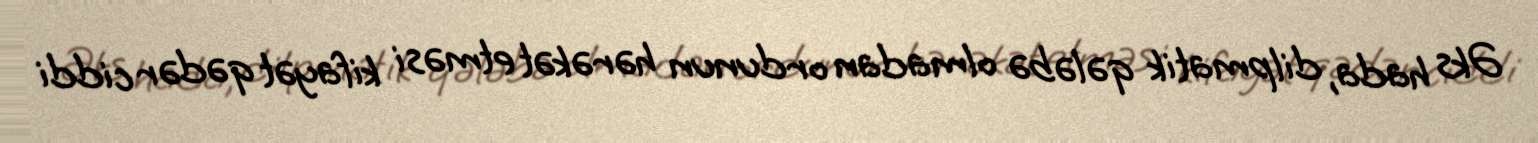
Əks hada, dilpmatik qələbə olmadan ordunun hərəkət etməsi kifayət qədər ciddi